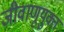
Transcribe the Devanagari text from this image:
जीवाणूयुक्त